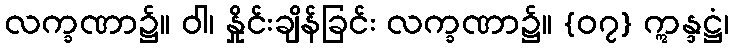
လက္ခဏာ၌။ ဝါ၊ နှိုင်းချိန်ခြင်း လက္ခဏာ၌။ {၀၇} ဣန္ဒဋ္ဌံ၊